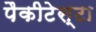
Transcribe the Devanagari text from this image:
पैकीटेस्टा